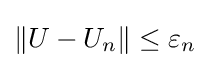
\|U-U_{n}\|\leq \varepsilon _{n}